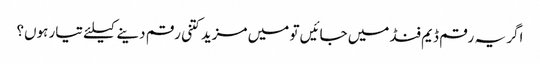
اگر یہ رقم ڈیم فنڈ میں جائیں تو میں مزید کتنی رقم دینے کیلئے تیار ہوں؟